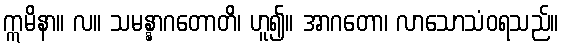
ဣမိနာ။ လ။ သမန္နာဂတောတိ၊ ဟူ၍။ အာဂတော၊ လာသောသံဝရသည်။